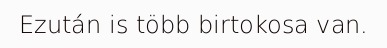
Ezután is több birtokosa van.